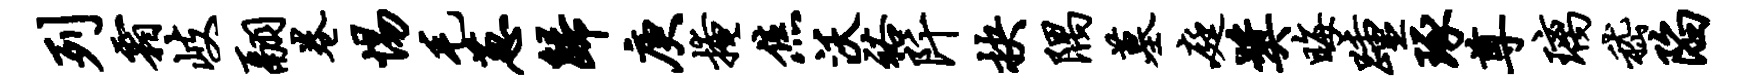
列霜岐翮卷惕毛葱归庚掩焦沃裕阡抉隅墓庭奖晦踵琢尊璃嵇陷